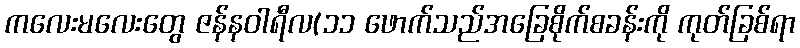
ကလေးမလေးတွေ ဇန်နဝါရီလ(၁၁ ဖောက်သည်အခြေစိုက်စခန်းကို ကုတ်ခြစ်ရာ